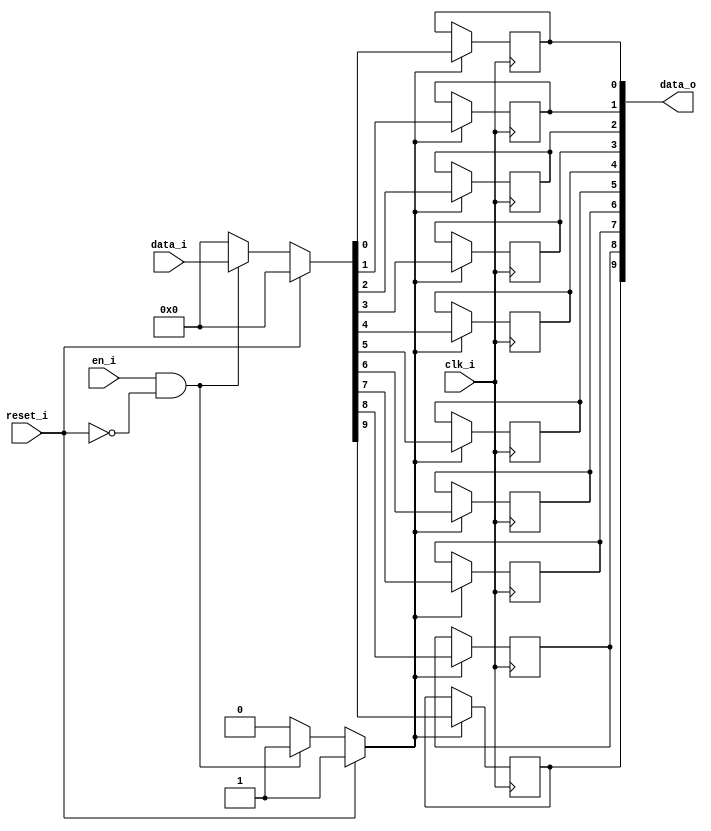
// This program was cloned from: https://github.com/NYU-MLDA/OpenABC
// License: BSD 3-Clause "New" or "Revised" License

module bsg_dff_reset_en_width_p10
(
  clk_i,
  reset_i,
  en_i,
  data_i,
  data_o
);

  input [9:0] data_i;
  output [9:0] data_o;
  input clk_i;
  input reset_i;
  input en_i;
  wire [9:0] data_o;
  wire N0,N1,N2,N3,N4,N5,N6,N7,N8,N9,N10,N11,N12,N13,N14,N15;
  reg data_o_9_sv2v_reg,data_o_8_sv2v_reg,data_o_7_sv2v_reg,data_o_6_sv2v_reg,
  data_o_5_sv2v_reg,data_o_4_sv2v_reg,data_o_3_sv2v_reg,data_o_2_sv2v_reg,
  data_o_1_sv2v_reg,data_o_0_sv2v_reg;
  assign data_o[9] = data_o_9_sv2v_reg;
  assign data_o[8] = data_o_8_sv2v_reg;
  assign data_o[7] = data_o_7_sv2v_reg;
  assign data_o[6] = data_o_6_sv2v_reg;
  assign data_o[5] = data_o_5_sv2v_reg;
  assign data_o[4] = data_o_4_sv2v_reg;
  assign data_o[3] = data_o_3_sv2v_reg;
  assign data_o[2] = data_o_2_sv2v_reg;
  assign data_o[1] = data_o_1_sv2v_reg;
  assign data_o[0] = data_o_0_sv2v_reg;

  always @(posedge clk_i) begin
    if(N3) begin
      data_o_9_sv2v_reg <= N13;
    end 
  end


  always @(posedge clk_i) begin
    if(N3) begin
      data_o_8_sv2v_reg <= N12;
    end 
  end


  always @(posedge clk_i) begin
    if(N3) begin
      data_o_7_sv2v_reg <= N11;
    end 
  end


  always @(posedge clk_i) begin
    if(N3) begin
      data_o_6_sv2v_reg <= N10;
    end 
  end


  always @(posedge clk_i) begin
    if(N3) begin
      data_o_5_sv2v_reg <= N9;
    end 
  end


  always @(posedge clk_i) begin
    if(N3) begin
      data_o_4_sv2v_reg <= N8;
    end 
  end


  always @(posedge clk_i) begin
    if(N3) begin
      data_o_3_sv2v_reg <= N7;
    end 
  end


  always @(posedge clk_i) begin
    if(N3) begin
      data_o_2_sv2v_reg <= N6;
    end 
  end


  always @(posedge clk_i) begin
    if(N3) begin
      data_o_1_sv2v_reg <= N5;
    end 
  end


  always @(posedge clk_i) begin
    if(N3) begin
      data_o_0_sv2v_reg <= N4;
    end 
  end

  assign N3 = (N0)? 1'b1 : 
              (N15)? 1'b1 : 
              (N2)? 1'b0 : 1'b0;
  assign N0 = reset_i;
  assign { N13, N12, N11, N10, N9, N8, N7, N6, N5, N4 } = (N0)? { 1'b0, 1'b0, 1'b0, 1'b0, 1'b0, 1'b0, 1'b0, 1'b0, 1'b0, 1'b0 } : 
                                                          (N15)? data_i : 1'b0;
  assign N1 = en_i | reset_i;
  assign N2 = ~N1;
  assign N14 = ~reset_i;
  assign N15 = en_i & N14;

endmodule